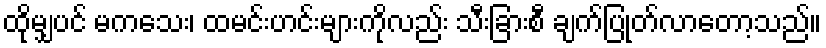
ထိုမျှပင် မကသေး၊ ထမင်းဟင်းများကိုလည်း သီးခြားစီ ချက်ပြုတ်လာတော့သည်။